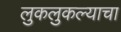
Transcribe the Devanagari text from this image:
लुकलुकल्याचा